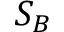
S _ { B }